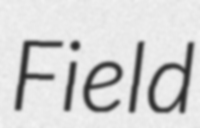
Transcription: Field